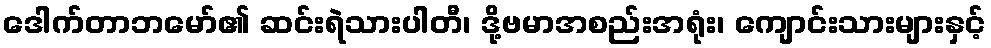
ဒေါက်တာဘမော်၏ ဆင်းရဲသားပါတီ၊ ဒို့ဗမာအစည်းအရုံး၊ ကျောင်းသားများနှင့်